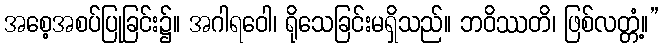
အစေ့အစပ်ပြုခြင်း၌။ အဂါရဝေါ၊ ရိုသေခြင်းမရှိသည်။ ဘဝိဿတိ၊ ဖြစ်လတ္တံ့။”